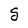
Character: g